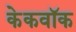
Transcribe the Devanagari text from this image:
केकवॉक